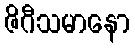
ဇိဂီသမာနော